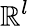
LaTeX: \mathbb{R}^{l}